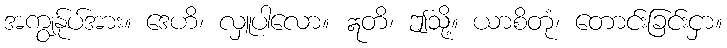
အကျွန်ုပ်အား။ ဒေဟိ၊ လှူပါလော။ ဣတိ၊ ဤသို့။ ယာစိတုံ၊ တောင်းခြင်းငှာ။